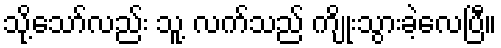
သို့သော်လည်း သူ့ လက်သည် ကျိုးသွားခဲ့လေပြီ။